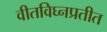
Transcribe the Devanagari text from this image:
वीतविघ्नप्रतीत